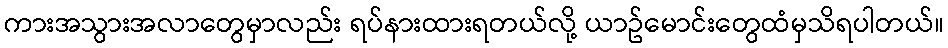
ကားအသွားအလာတွေမှာလည်း ရပ်နားထားရတယ်လို့ ယာဥ်မောင်းတွေထံမှသိရပါတယ်။